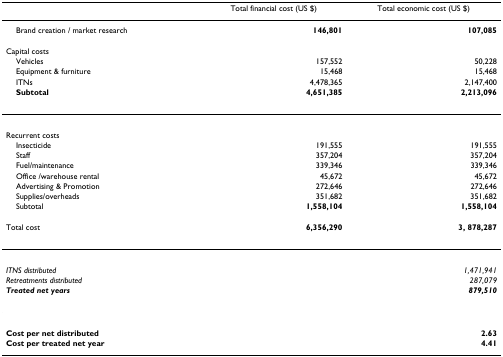
|  | Total financial cost (US $) | Total economic cost (US $) |
 | --- | --- | --- |
 | Brand creation / market research | 146,801 | 107,085 |
 | Capital costs |  |  |
 | Vehicles | 157,552 | 50,228 |
 | Equipment & furniture | 15,468 | 15,468 |
 | ITNs | 4,478,365 | 2,147,400 |
 | Subtotal | 4,651,385 | 2,213,096 |
 | Recurrent costs |  |  |
 | Insecticide | 191,555 | 191,555 |
 | Staff | 357,204 | 357,204 |
 | Fuel/maintenance | 339,346 | 339,346 |
 | Office /warehouse rental | 45,672 | 45,672 |
 | Advertising & Promotion | 272,646 | 272,646 |
 | Supplies/overheads | 351,682 | 351,682 |
 | Subtotal | 1,558,104 | 1,558,104 |
 | Total cost | 6,356,290 | 3, 878,287 |
 | ITNS distributed |  | 1,471,941 |
 | Retreatments distributed |  | 287,079 |
 | Treated net years |  | 879,510 |
 | Cost per net distributed |  | 2.63 |
 | Cost per treated net year |  | 4.41 |